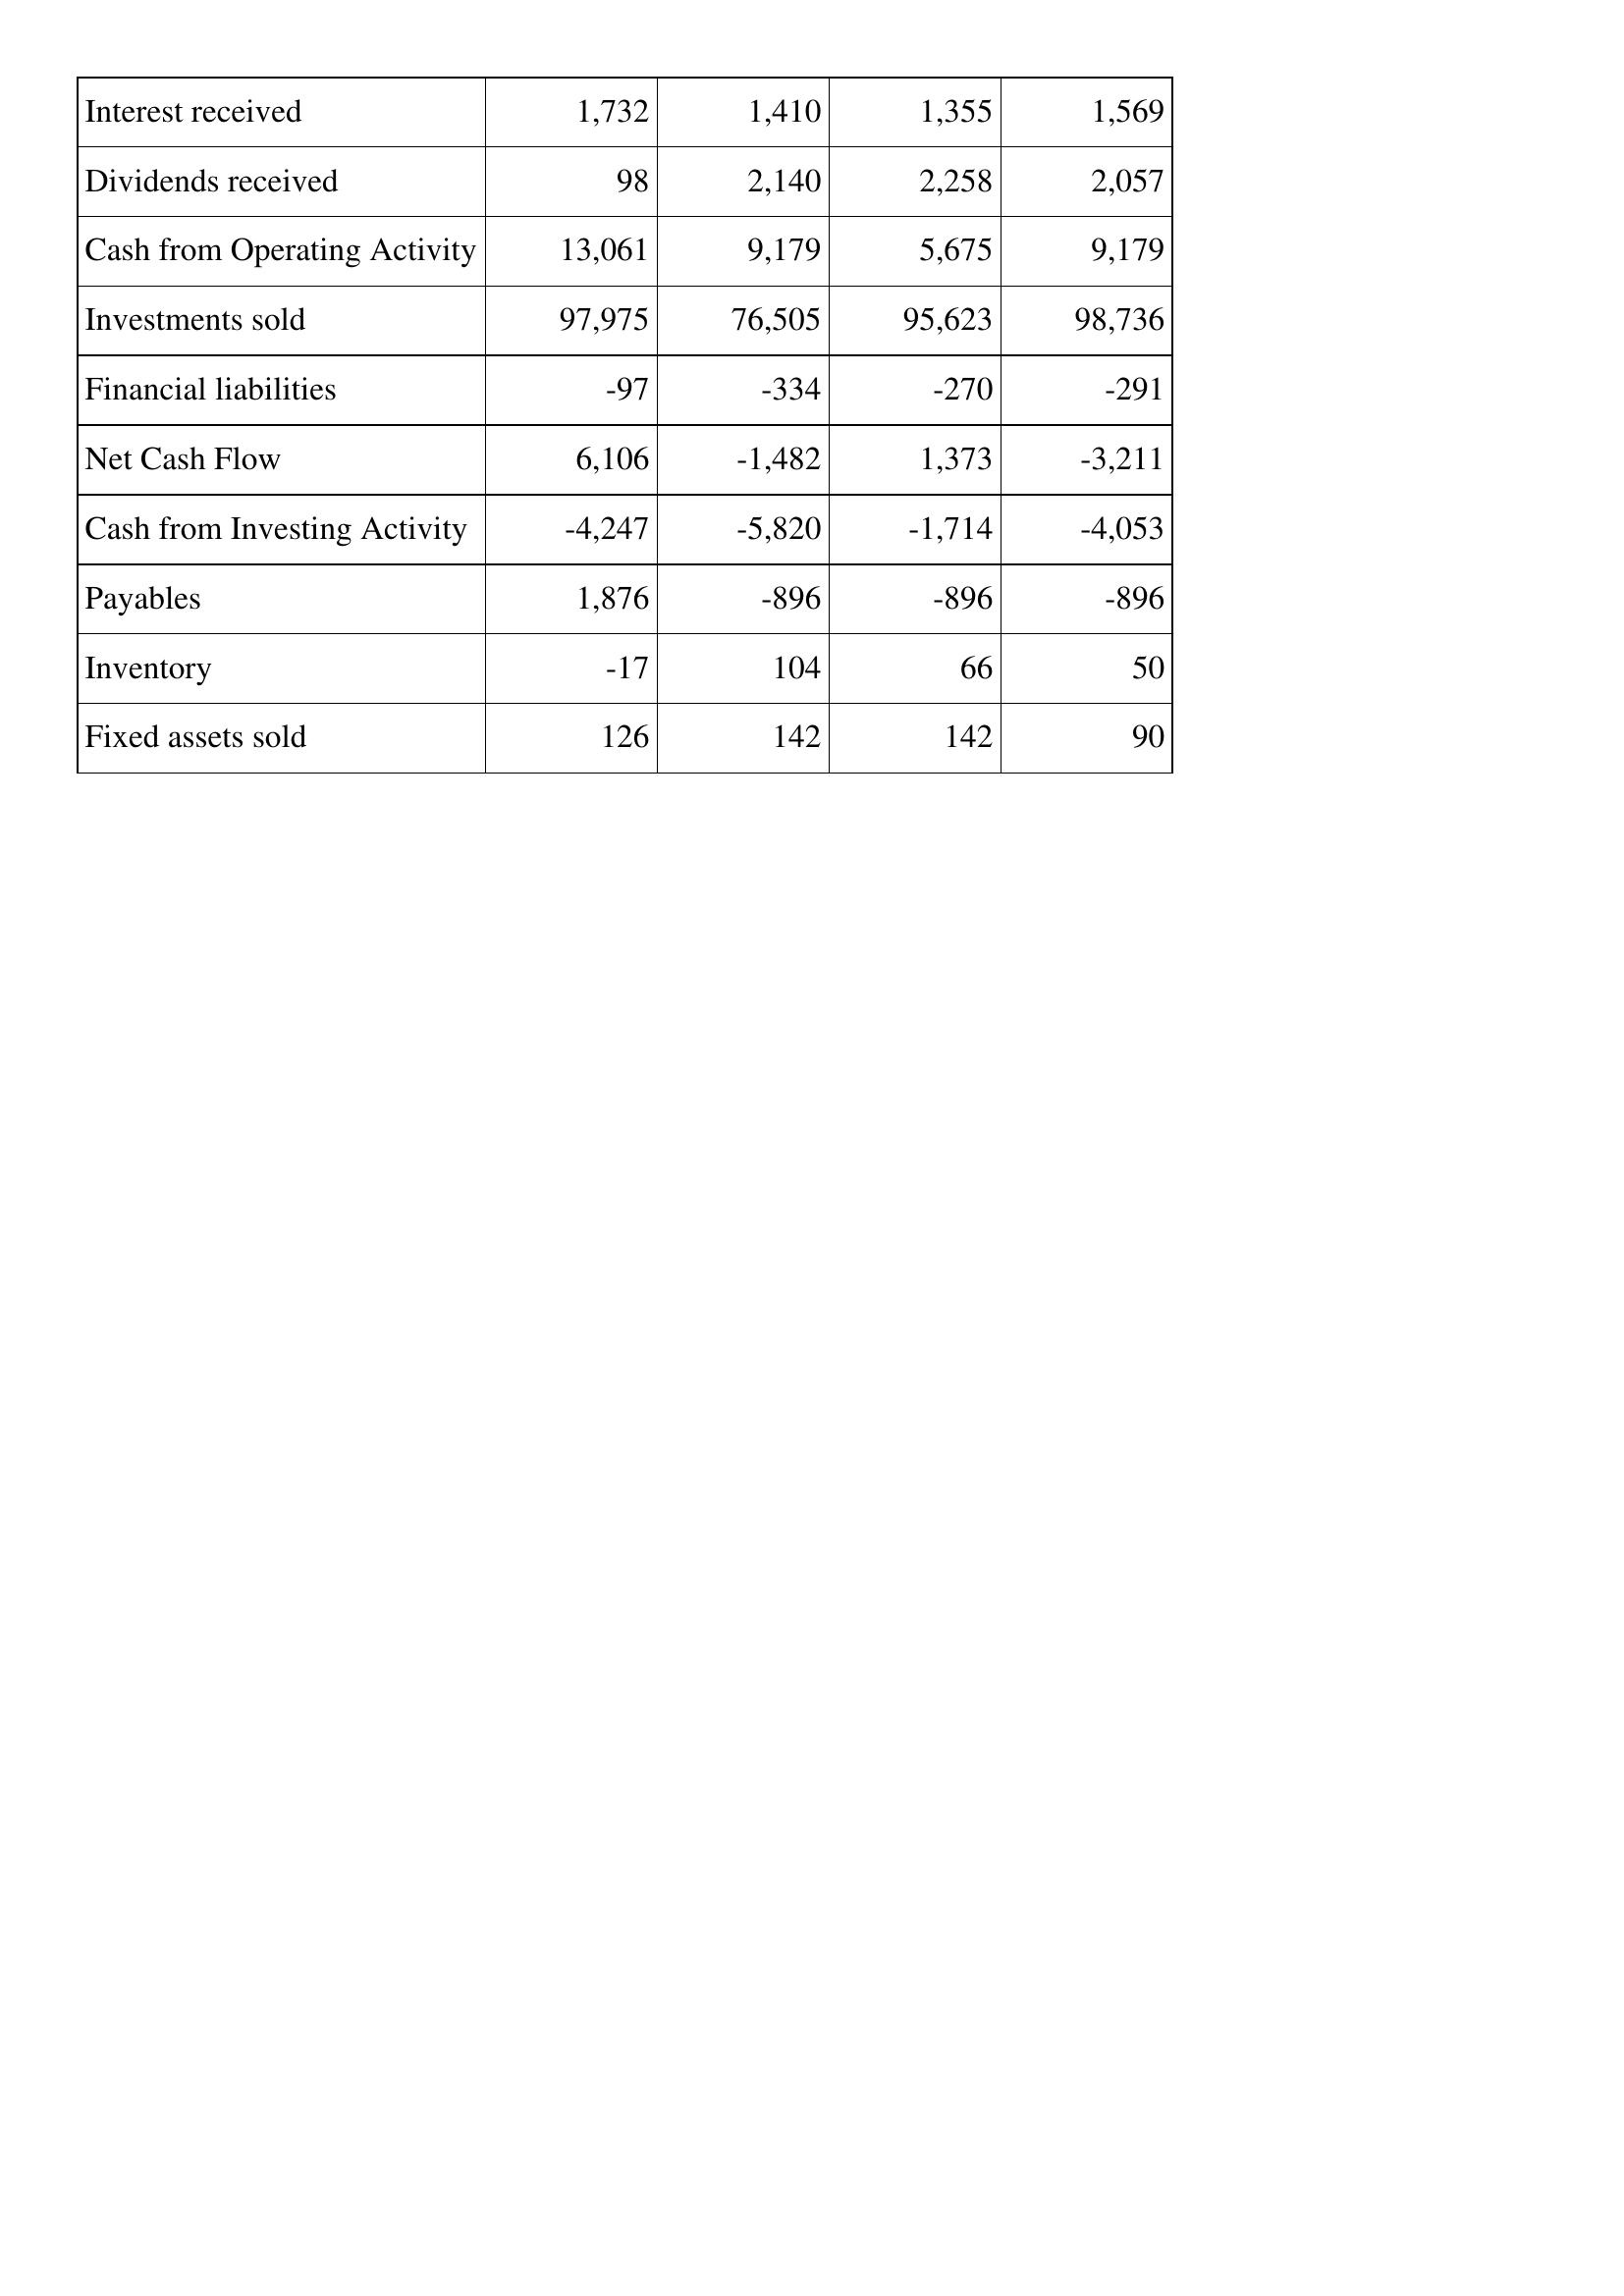
Apr-13: Cash Flows: Interest received: 1,732
Dividends received: 98
Cash from Operating Activity: 13,061
Investments sold: 97,975
Financial liabilities: -97
Net Cash Flow: 6,106
Cash from Investing Activity: -4,247
Payables: 1,876
Inventory: -17
Fixed assets sold: 126
Apr-12: Cash Flows: Interest received: 1,410
Dividends received: 2,140
Cash from Operating Activity: 9,179
Investments sold: 76,505
Financial liabilities: -334
Net Cash Flow: -1,482
Cash from Investing Activity: -5,820
Payables: -896
Inventory: 104
Fixed assets sold: 142
Apr-11: Cash Flows: Interest received: 1,355
Dividends received: 2,258
Cash from Operating Activity: 5,675
Investments sold: 95,623
Financial liabilities: -270
Net Cash Flow: 1,373
Cash from Investing Activity: -1,714
Payables: -896
Inventory: 66
Fixed assets sold: 142
Apr-10: Cash Flows: Interest received: 1,569
Dividends received: 2,057
Cash from Operating Activity: 9,179
Investments sold: 98,736
Financial liabilities: -291
Net Cash Flow: -3,211
Cash from Investing Activity: -4,053
Payables: -896
Inventory: 50
Fixed assets sold: 90